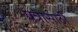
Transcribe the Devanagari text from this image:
पत्रासाठी